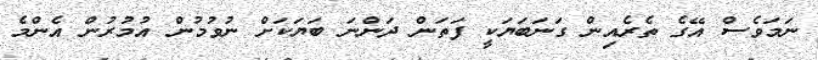
ނަމަވެސް އޭގެ ތެރެއިން ގަނަބަޔަކީ ފަތަން ދަންނަ ބަޔަކަށް ނުވުމުން އުމުރުން އެންމެ